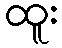
ထူး